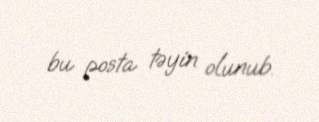
bu posta təyin olunub.